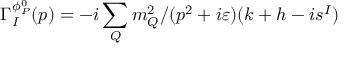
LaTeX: \Gamma _ { I } ^ { \phi _ { P } ^ { 0 } } ( p ) = - i \sum _ { Q } m _ { Q } ^ { 2 } / ( p ^ { 2 } + i \varepsilon ) ( k + h - i s ^ { I } )